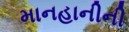
માનહાનીની